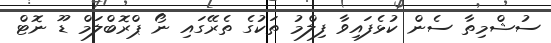
ސުޝްމިތާ ސެން ކުޅެފައިވާ ފިލްމު ތަކުގެ ތެރޭގައި ނޯ ޕްރޮބްލަމް ޑޫ ނޮޓް